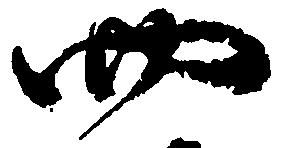
四